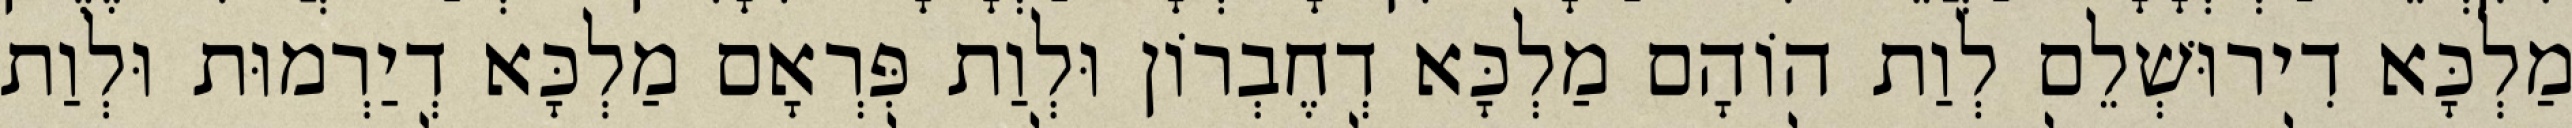
מַלְכָּא דִירוּשְׁלֵם לְוַת הוֹהָם מַלְכָּא דְחֶבְרוֹן וּלְוַת פִּרְאָם מַלְכָּא דְיַרְמוּת וּלְוַת